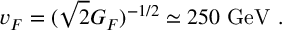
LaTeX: v _ { F } = ( \sqrt { 2 } G _ { F } ) ^ { - 1 / 2 } \simeq 2 5 0 ~ \mathrm { G e V } ~ .